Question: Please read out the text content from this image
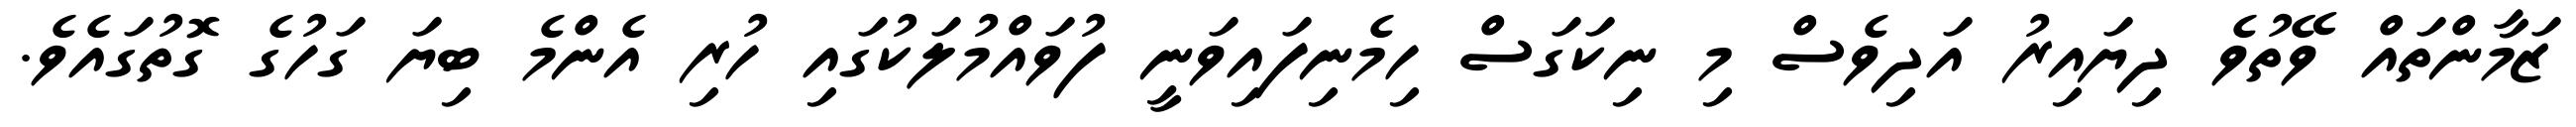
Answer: ޒަމާންތައް ވޭތުވެ ދިޔައިރު އަދިވެސް މި ނިކަގަސް ހިމެނިފައިވަނީ ފުވައްމުލަކުގައި ހުރި އެންމެ ބިޔަ ގަހުގެ ގޮތުގައެވެ.